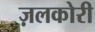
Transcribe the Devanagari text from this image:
ज़लकोरी